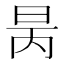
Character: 昺